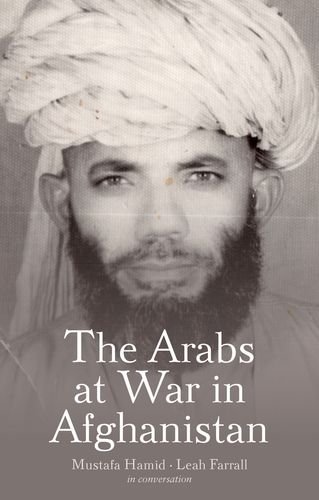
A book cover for The Arabs at War in Afghanistan; Mustafa Hamid; History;